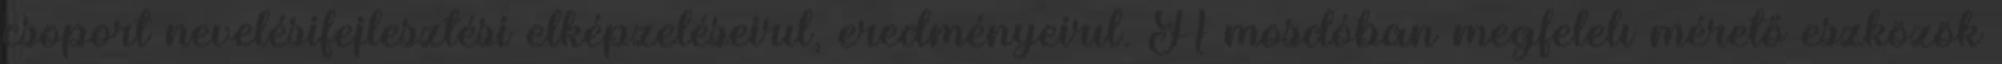
csoport nevelésifejlesztési elképzeléseirıl, eredményeirıl. A mosdóban megfelelı mérető eszközök